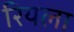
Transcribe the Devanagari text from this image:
रियला